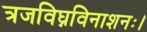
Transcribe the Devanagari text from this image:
त्रजविघ्नविनाशनः।